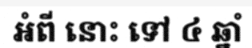
អំពី នោះ ទៅ ៤ ឆ្នាំ